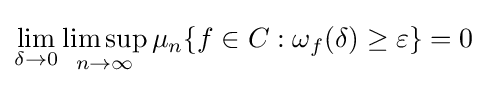
\lim _{\delta \to 0}\limsup _{n\to \infty }\mu _{n}\{f\in C:\omega _{f}(\delta )\geq \varepsilon \}=0